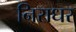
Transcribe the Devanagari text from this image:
निराधर